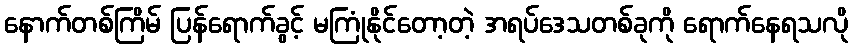
နောက်တစ်ကြိမ် ပြန်ရောက်ခွင့် မကြုံနိုင်တော့တဲ့ အရပ်ဒေသတစ်ခုကို ရောက်နေရသလို